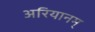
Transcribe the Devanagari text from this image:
अरियानम्